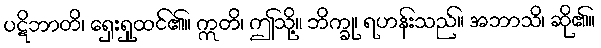
ပဋိဘာတိ၊ ရှေးရှုထင်၏။ ဣတိ၊ ဤသို့။ ဘိက္ခု၊ ရဟန်းသည်။ အဘာသိ၊ ဆို၏။